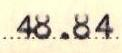
48.84